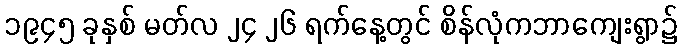
၁၉၄၅ ခုနှစ် မတ်လ ၂၄ ၂၆ ရက်နေ့တွင် စိန်လုံကဘာကျေးရွာ၌